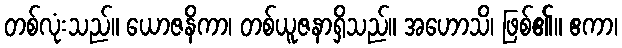
တစ်လုံးသည်။ ယောဇနိကာ၊ တစ်ယူဇနာရှိသည်။ အဟောသိ၊ ဖြစ်၏။ ဧကာ၊